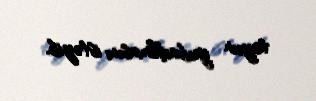
toyun yubadılmasını istəyib.